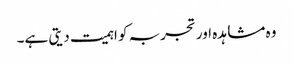
وہ مشاہدہ اور تجربہ کو اہمیت دیتی ہے۔